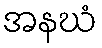
အနဃံ